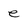
Character: e